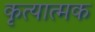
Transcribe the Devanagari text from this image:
कृत्यात्मक